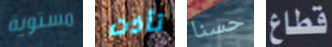
مستوية تأذت حسنا قطاع